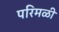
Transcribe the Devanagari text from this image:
परिमळी